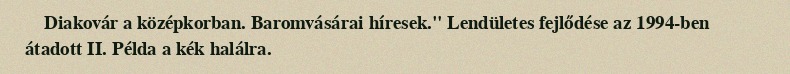
Diakovár a középkorban. Baromvásárai híresek." Lendületes fejlődése az 1994-ben átadott II. Példa a kék halálra.